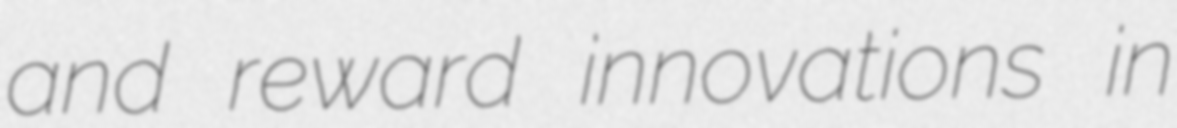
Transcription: and reward innovations in